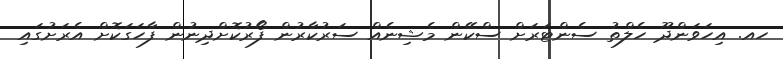
ހއ. އިހަވަންދޫ ހެލްތު ސެންޓަރަށް ސްކޭން މެޝިނެއް ސަރުކާރުން ފޯރުކޮށްދިނުން ފާހަގަކޮށް އެރަށުގައި